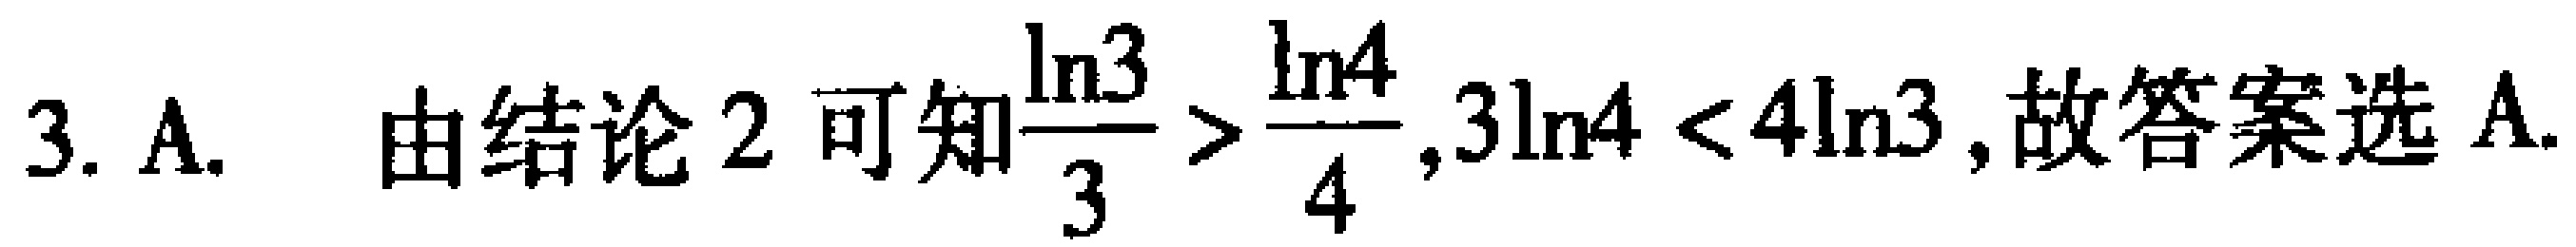
3. A.  由结论 2 可知$\frac{\ln3}{3} > \frac{\ln4}{4},3\ln4 < 4\ln3$,故答案选 A.